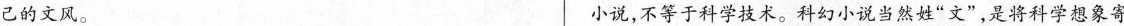
己的文风。小说，不等于科学技术。科幻小说当然姓“文”，是将科学想象寄